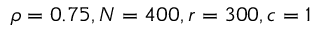
\rho = 0 . 7 5 , N = 4 0 0 , r = 3 0 0 , c = 1